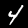
Label: 4